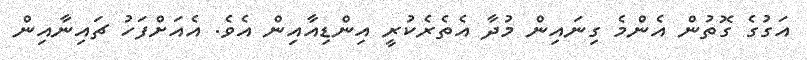
އަގުގެ ގޮތުން އެންމެ ގިނައިން މުދާ އެތެރެކުރީ އިންޑިއާއިން އެވެ. އެއަށްފަހު ޗައިނާއިން